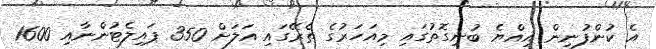
އެ ކުންފުނިން އިއްޔެ ބުނިގޮތުގައި މިއަހަރުގެ ތެރޭގައި އަލަށް 350 ޕައިލެޓުންނާއި 1600